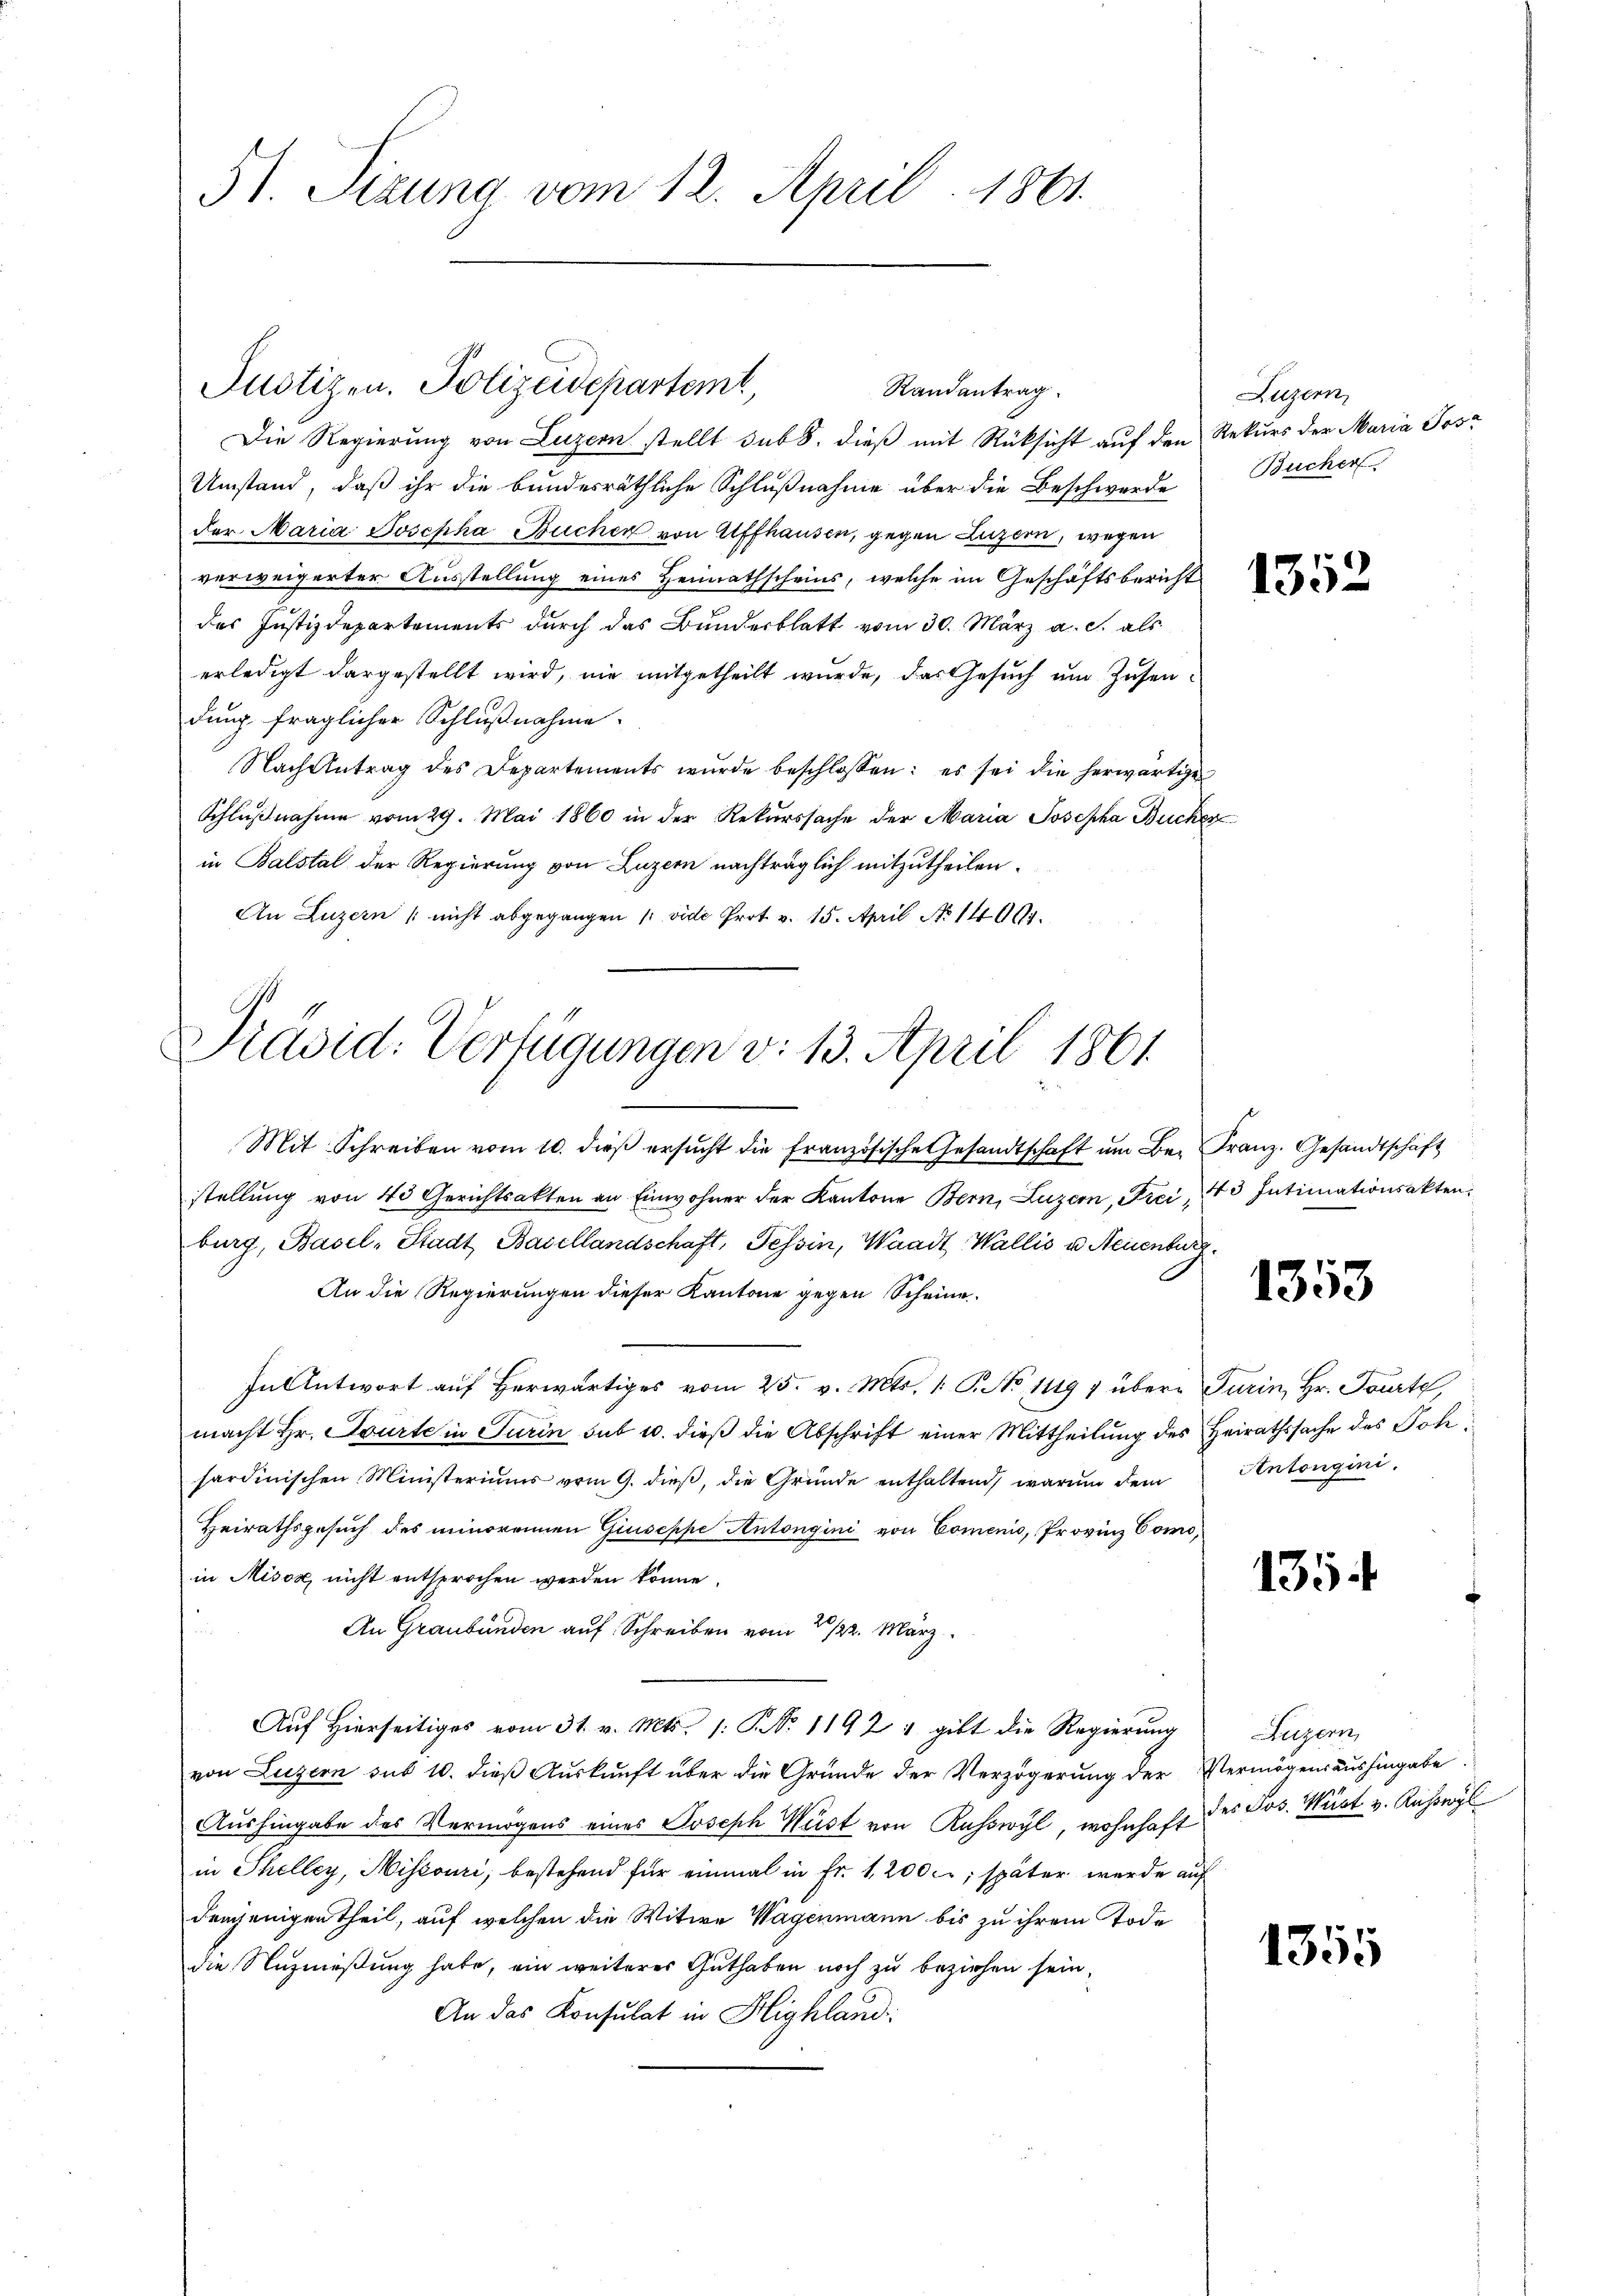
51. Sizung vom 12. April 1861.

Justizen. Polizeidepartemt,

Die Regierung von Luzern stellt sub 8. dieß mit Rücksicht auf den Rekurs der Maria Jose
Umstand, daß ihr die bundesräthliche Schlußnahme über die Beschwerde
der Maria Josepha Buchen von Affhausen, gegen Luzern, wegen
verweigerter Ausstellung eines Heimathscheins, welche im Geschäftsbericht
des Justizdepartements durch das Bunderblatt vom 30. März a. c. als
erledigt dargestellt wird, nie mitgetheilt wurde, das Gesuch um Zusendung fraglicher Schlußnahme.
Nach Antrag des Departements wurde beschlossen: es sei die herwärtige
Schlußnahme vom 29. Mai 1860 in der Rekurssache der Maria Josepha Bucher
in Balstal der Regierung von Luzern nachträglich mitzutheilen.
An Luzern (nicht abgegangen (vide Prot v. 15. April No 14061.

Randantrag

Präsid. Verfügungen v. 13. April 1861

Luzern,
Bucher

Mit Schreiben vom 10. dieβ ersŭcht die französische Gesandtschaft um Be- Franz. Gesandtschaft
stellŭng von 40 Gerichtsakten an Einwohner der Kantone Bern, Luzern, Frei, 43 Intimationsakten.
burg, Basel-Stadt Basellandschaft, Tessin, Waadt Wallis u. Neuenburg
An die Regierungen dieser Kantone gegen Scheine
In Antwort aŭf herwärtiges vom 25. v. Mts. 1. P. No 14197 übere Turin, Hr. Tourte,
macht Hr. Tourte in Turin sub 10. dieß die Abschrift einer Mittheilung des Heirathssache des Joh
sardinischen Ministeriums vom 9. dieβ, die Gründe enthaltend, warum dem Antongini,
Heirathsgesuch des minorennen Giuseppe Antongini von Comenis, Provinz Comoin Misox, nicht entsprochen werden könne.
An Graubünden auf Schreiben vom 2./22. März
Auf Hierseitiges vom 31. v. Mts. 1. No. 11921 gibt die Regierung
von Luzern sub 10. dieß Auskunft über die Gründe der Verzögerung der Vermögensaushingabe
Aushingabe des Vermögens eines Joseph Wüst von Ruswyl, wohnhaft des Jos. Würt v. Russergl
in Thelley, Missouri, bestehend für einmal in Fr. 1,200 c; später wurde auf
Frajenigen theil, auf welchen die Witwe Wagenmann bis zu ihrem Tode
die Nutznießung habe, ein weiteres Guthaben noch zu beziehen sein,
An das Konsulat in Highland:

1352

1353

135.

uzern,

1355